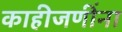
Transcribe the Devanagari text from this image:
काहीजणींना